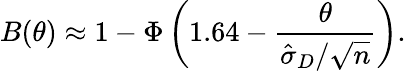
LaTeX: B(\theta)\approx 1-\Phi\left(1.64-{\frac{\theta}{{\hat{\sigma}}_{D}/{\sqrt{n}}}}\right).